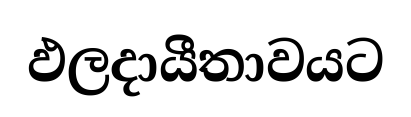
ඵලදායීතාවයට